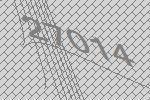
27014